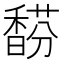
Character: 𩡉